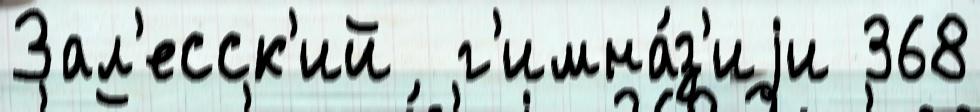
Зал'есск'ий  г'имна́з'иjи 368